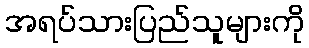
အရပ်သားပြည်သူများကို